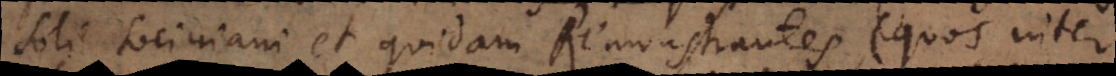
Ita Sociniani et quidam Remonstrantes divinam